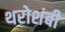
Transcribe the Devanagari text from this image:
थरोशंबी